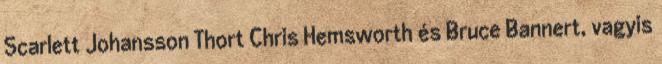
Scarlett Johansson Thort Chris Hemsworth és Bruce Bannert, vagyis